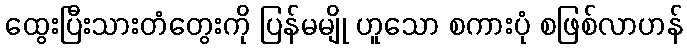
ထွေးပြီးသားတံတွေးကို ပြန်မမျို ဟူသော စကားပုံ စဖြစ်လာဟန်